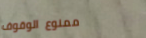
ممنوع الوقوف